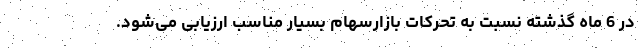
در 6 ماه گذشته نسبت به تحرکات بازارسهام بسیار مناسب ارزیابی می‌شود.